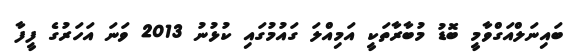
ބައިނަލްއަގްވާމީ ބޮޑު މުބާރާތަކީ އަމިއްލަ ގައުމުގައި ކުޅުނު 2013 ވަނަ އަހަރުގެ ފީފާ